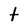
Character: t